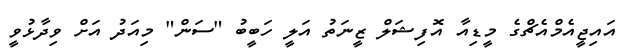
އައިޖީއެމްއެޗްގެ މީޑިއާ އޮފިޝަލް ޒީނަތު އަލީ ހަބީބު "ސަން" މިއަދު އަށް ވިދާޅުވީ